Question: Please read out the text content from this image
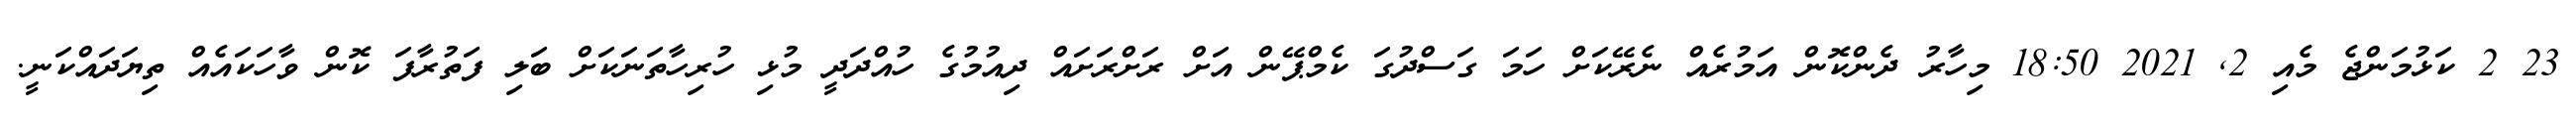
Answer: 23 2 ކަޅުމަންޖެ މެއި 2, 2021 18:50 މިހާރު ދެންކޮން އަމުރެއް ނެރޭކަށް ހަމަ ގަސްދުގަ ކެމްޕޭން އަށް ރަށްރަށައް ދިއުމުގެ ހުއްދަދީ މުޅި ހުރިހާތަނަކަށް ބަލި ފަތުރާފަ ކޮން ވާހަކައެއް ތިޔަދައްކަނީ.